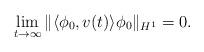
LaTeX: \begin{align*}\lim_{t\to\infty}\|\langle \phi_0,v(t)\rangle\phi_0\|_{H^1}=0. \end{align*}